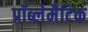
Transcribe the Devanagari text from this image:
प्रॉब्लेमैटिक